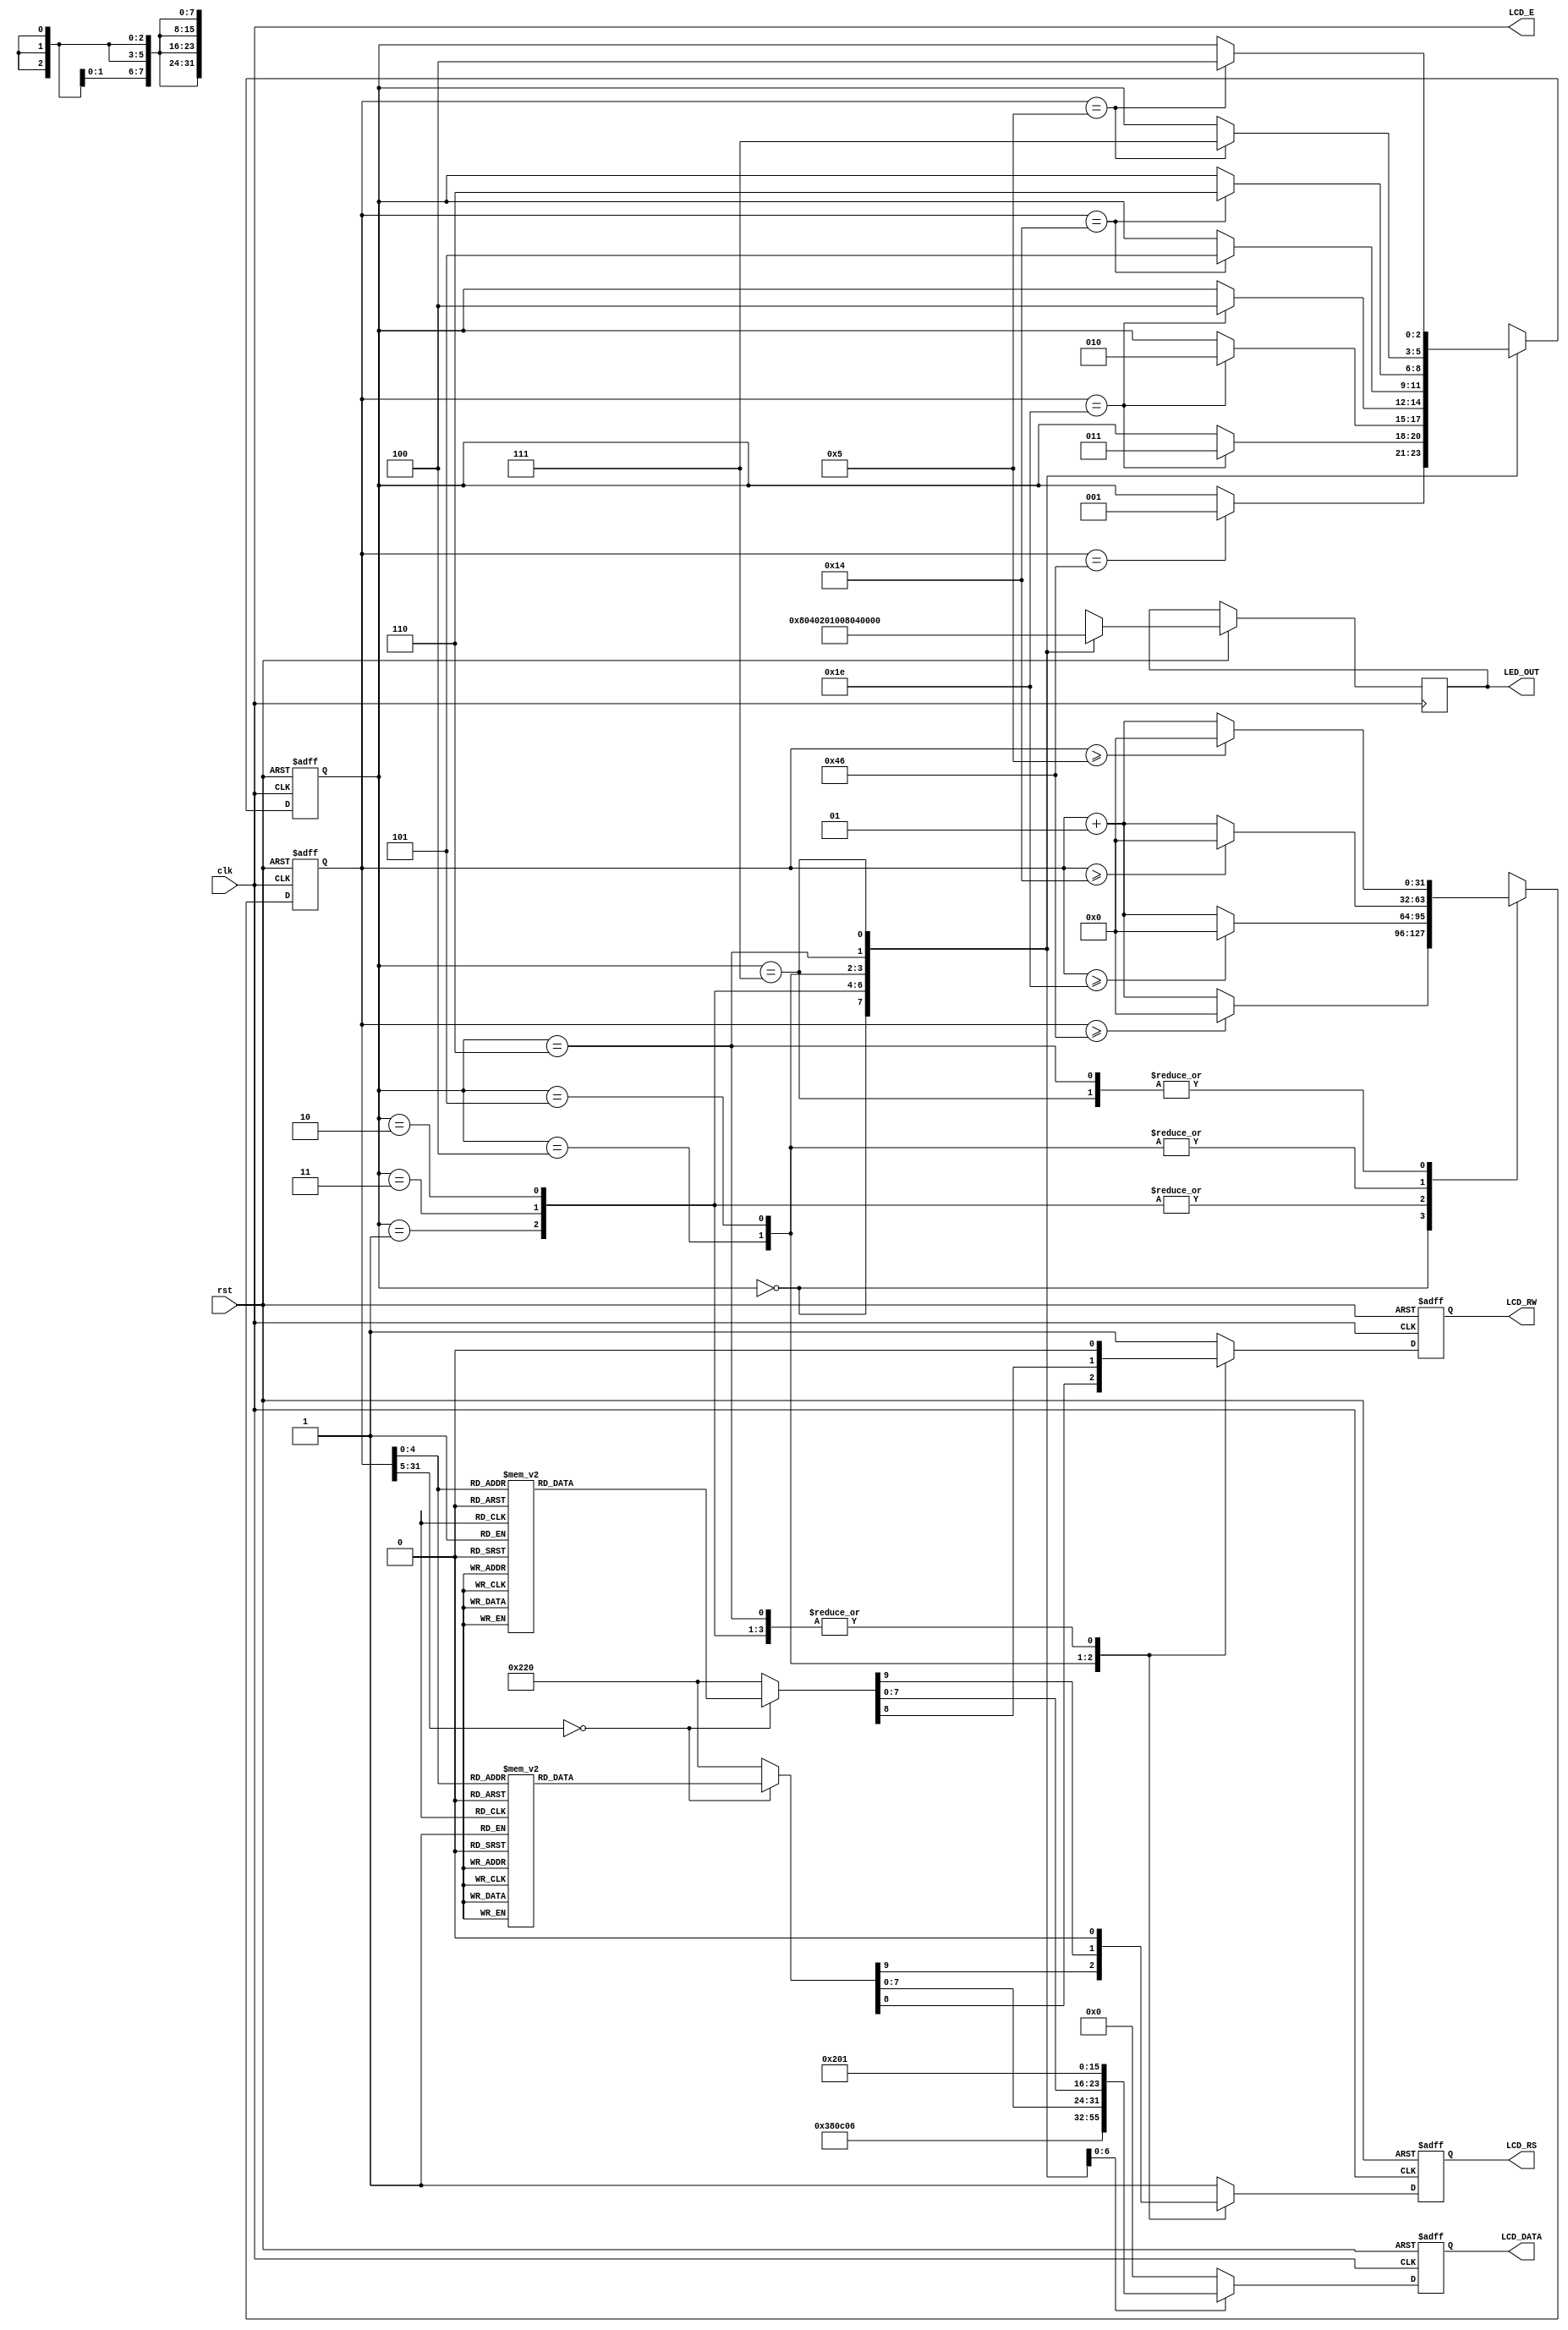
`timescale 1ns / 1ps

module text_LCD_3shift(rst, clk, LCD_E, LCD_RS, LCD_RW, LCD_DATA, LED_OUT);

input rst,clk;

output LCD_E;
output reg LCD_RS, LCD_RW;
output reg [7:0] LCD_DATA, LED_OUT;

reg [2:0] state;
parameter DELAY =3'b000,
          FUNCTION_SET =3'b001,
          ENTRY_MODE =3'b010,
          DISP_ONOFF =3'b011,
          LINE1 =3'b100,
          LINE2 =3'b101,
          DELAY_T =3'b110,
          CLEAR_DISP =3'b111;
          
 integer cnt;         
          
always @(posedge clk or negedge rst)
begin
    if(!rst) begin
        state <= DELAY;
        cnt <=0;
        end
    else
    begin
        case(state)
        DELAY :begin
            if(cnt >=70) cnt <= 0;
            else cnt <= cnt+1;
            LED_OUT <= 8'b1000_0000;
            if(cnt == 70) state = FUNCTION_SET;
        end
        FUNCTION_SET :begin
            if(cnt >=30) cnt <= 0;
            else cnt <= cnt+1;
            LED_OUT <= 8'b0100_0000;
            if(cnt == 30) state <= DISP_ONOFF;
        end
        DISP_ONOFF :begin
            if(cnt >=30) cnt <= 0;
            else cnt <= cnt+1;
            LED_OUT <= 8'b0010_0000;
            if(cnt == 30) state <= ENTRY_MODE;
        end
        ENTRY_MODE :begin
            if(cnt >=30) cnt <= 0;
            else cnt <= cnt+1;
            LED_OUT <= 8'b0001_0000;
            if(cnt == 30) state <= LINE1;
        end
        LINE1 :begin
            if(cnt >=20) cnt <= 0;
            else cnt <= cnt+1;
            LED_OUT <= 8'b0000_1000;
            if(cnt == 20) state <= LINE2;
        end
        LINE2 :begin
            if(cnt >=20) cnt <= 0;
            else cnt <= cnt+1;
            LED_OUT <= 8'b0000_0100;
            if(cnt == 20) state <= DELAY_T;
        end
        DELAY_T :begin
            if(cnt >= 5) cnt <= 0;
            else cnt <= cnt+1;
            LED_OUT <= 8'b0000_0010;
            if(cnt == 5) state <= CLEAR_DISP;
        end
        CLEAR_DISP :begin 
            if(cnt >=5) cnt <= 0;
            else cnt <= cnt+1;
            LED_OUT <= 8'b0000_0001;
            if(cnt == 5) state <= LINE1;
        end
        default : state = DELAY;
     endcase
  end
end
                              
always @(posedge clk or negedge rst)
begin
    if(!rst)
        {LCD_RS, LCD_RW, LCD_DATA} = 10'b1_1_00000000;
    else begin
        case(state)
            FUNCTION_SET :
                {LCD_RS, LCD_RW, LCD_DATA} =10'b0_0_0011_1000;
            DISP_ONOFF :
                {LCD_RS, LCD_RW, LCD_DATA} =10'b0_0_0000_1100;
            ENTRY_MODE :
                {LCD_RS, LCD_RW, LCD_DATA} =10'b0_0_0000_0110;   
            LINE1 : begin
                case(cnt)
                    00 : {LCD_RS, LCD_RW, LCD_DATA} =10'b0_0_1000_0011; //   ADDRESS 3  3SHIFT .    
                    01 : {LCD_RS, LCD_RW, LCD_DATA} =10'b1_0_0010_0000; // 
                    02 : {LCD_RS, LCD_RW, LCD_DATA} =10'b1_0_0100_1000; // H
                    03 : {LCD_RS, LCD_RW, LCD_DATA} =10'b1_0_0100_0101; // E
                    04 : {LCD_RS, LCD_RW, LCD_DATA} =10'b1_0_0100_1100; // L
                    05 : {LCD_RS, LCD_RW, LCD_DATA} =10'b1_0_0100_1100; // L
                    06 : {LCD_RS, LCD_RW, LCD_DATA} =10'b1_0_0100_1111; // O
                    07 : {LCD_RS, LCD_RW, LCD_DATA} =10'b1_0_0010_0000; // 
                    08 : {LCD_RS, LCD_RW, LCD_DATA} =10'b1_0_0101_0111; // W
                    09 : {LCD_RS, LCD_RW, LCD_DATA} =10'b1_0_0100_1111; // O
                    10 : {LCD_RS, LCD_RW, LCD_DATA} =10'b1_0_0101_0010; // R
                    11 : {LCD_RS, LCD_RW, LCD_DATA} =10'b1_0_0100_1100; // L
                    12 : {LCD_RS, LCD_RW, LCD_DATA} =10'b1_0_0100_0100; // D
                    13 : {LCD_RS, LCD_RW, LCD_DATA} =10'b1_0_0010_0001; // !
                    14 : {LCD_RS, LCD_RW, LCD_DATA} =10'b1_0_0010_0000; // 
                    15 : {LCD_RS, LCD_RW, LCD_DATA} =10'b1_0_0010_0000; // 
                    16 : {LCD_RS, LCD_RW, LCD_DATA} =10'b1_0_0010_0000; // 
                    default : {LCD_RS, LCD_RW, LCD_DATA} =10'b1_0_0010_0000; // 
                 endcase
              end
             LINE2 : begin
                case(cnt)
                    00 : {LCD_RS, LCD_RW, LCD_DATA} =10'b0_0_1100_0011; //   ADDRESS 43  3SHIFT .      
                    01 : {LCD_RS, LCD_RW, LCD_DATA} =10'b1_0_0011_0010; // 2
                    02 : {LCD_RS, LCD_RW, LCD_DATA} =10'b1_0_0011_0000; // 0
                    03 : {LCD_RS, LCD_RW, LCD_DATA} =10'b1_0_0011_0001; // 1
                    04 : {LCD_RS, LCD_RW, LCD_DATA} =10'b1_0_0011_1001; // 9
                    05 : {LCD_RS, LCD_RW, LCD_DATA} =10'b1_0_0011_0100; // 4
                    06 : {LCD_RS, LCD_RW, LCD_DATA} =10'b1_0_0011_0100; // 4
                    07 : {LCD_RS, LCD_RW, LCD_DATA} =10'b1_0_0011_0000; // 0
                    08 : {LCD_RS, LCD_RW, LCD_DATA} =10'b1_0_0011_0001; // 1
                    09 : {LCD_RS, LCD_RW, LCD_DATA} =10'b1_0_0011_0010; // 2
                    10 : {LCD_RS, LCD_RW, LCD_DATA} =10'b1_0_0011_0110; // 6
                    11 : {LCD_RS, LCD_RW, LCD_DATA} =10'b1_0_0010_0000; // 
                    12 : {LCD_RS, LCD_RW, LCD_DATA} =10'b1_0_0100_1010; // J
                    13 : {LCD_RS, LCD_RW, LCD_DATA} =10'b1_0_0100_1000; // H
                    14 : {LCD_RS, LCD_RW, LCD_DATA} =10'b1_0_0101_0011; // S
                    15 : {LCD_RS, LCD_RW, LCD_DATA} =10'b1_0_0010_0000; // 
                    16 : {LCD_RS, LCD_RW, LCD_DATA} =10'b1_0_0010_0000; // 
                    default : {LCD_RS, LCD_RW, LCD_DATA} =10'b1_0_0010_0000; // 
                 endcase
              end 
            DELAY_T :
                {LCD_RS, LCD_RW, LCD_DATA} = 10'b0_0_0000_0010;
            CLEAR_DISP :
                {LCD_RS, LCD_RW, LCD_DATA} = 10'b0_0_0000_0001;
            default :
                {LCD_RS, LCD_RW, LCD_DATA} = 10'b1_1_0000_0000;              
          endcase
      end
  end
  
  assign LCD_E = clk;                  

endmodule